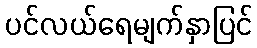
ပင်လယ်ရေမျက်နှာပြင်